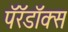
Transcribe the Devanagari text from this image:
पॅरॅडॉक्स